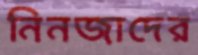
নিনজাদের